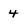
Character: 4